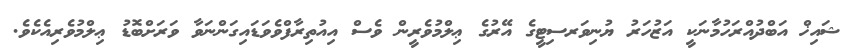
ޝައިޚް އަބްދުއްރަހުމާނަކީ އަޒުހަރު ޔުނިވަރސިޓީގެ އޭރުގެ ޢިލްމުވެރީން ވެސް އިއުތިރާފްވެވަޑައިގަންނަވާ ވަރަށްބޮޑު ޢިލްމުވެރިއެކެވެ.